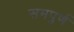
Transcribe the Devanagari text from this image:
समपुर्ण